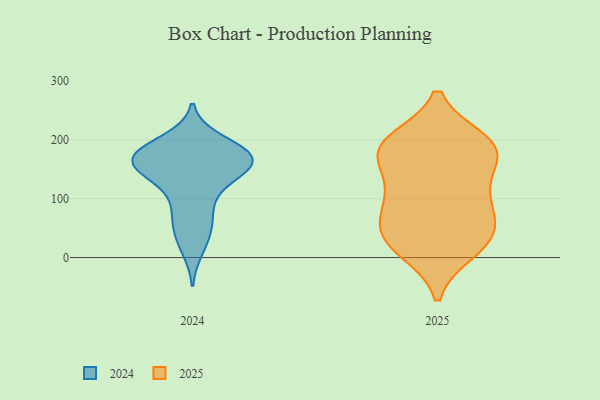
{"axis": {"x": "Population (Million)", "y": "Value"}, "legend": ["2024", "2025"], "data": [{"x": "", "y": 121, "type": "2024"}, {"x": "", "y": 88, "type": "2024"}, {"x": "", "y": 135, "type": "2024"}, {"x": "", "y": 154, "type": "2024"}, {"x": "", "y": 178, "type": "2024"}, {"x": "", "y": 179, "type": "2024"}, {"x": "", "y": 165, "type": "2024"}, {"x": "", "y": 150, "type": "2024"}, {"x": "", "y": 36, "type": "2024"}, {"x": "", "y": 56, "type": "2024"}, {"x": "", "y": 155, "type": "2024"}, {"x": "", "y": 184, "type": "2024"}, {"x": "", "y": 168, "type": "2024"}, {"x": "", "y": 197, "type": "2024"}, {"x": "", "y": 73, "type": "2024"}, {"x": "", "y": 173, "type": "2024"}, {"x": "", "y": 168, "type": "2024"}, {"x": "", "y": 16, "type": "2024"}, {"x": "", "y": 164, "type": "2024"}, {"x": "", "y": 110, "type": "2025"}, {"x": "", "y": 195, "type": "2025"}, {"x": "", "y": 46, "type": "2025"}, {"x": "", "y": 99, "type": "2025"}, {"x": "", "y": 187, "type": "2025"}, {"x": "", "y": 192, "type": "2025"}, {"x": "", "y": 11, "type": "2025"}, {"x": "", "y": 113, "type": "2025"}, {"x": "", "y": 198, "type": "2025"}, {"x": "", "y": 166, "type": "2025"}, {"x": "", "y": 46, "type": "2025"}, {"x": "", "y": 167, "type": "2025"}, {"x": "", "y": 11, "type": "2025"}, {"x": "", "y": 39, "type": "2025"}, {"x": "", "y": 41, "type": "2025"}, {"x": "", "y": 183, "type": "2025"}, {"x": "", "y": 84, "type": "2025"}]}